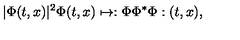
| \Phi ( t , x ) | ^ { 2 } \Phi ( t , x ) \mapsto : \Phi \Phi ^ { * } \Phi : ( t , x ) ,